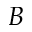
B